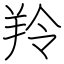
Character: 羚